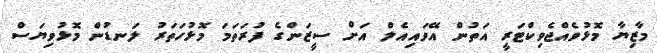
މާޒިޔާ މޮޅުވެއްޖެވިކްޓަރީ އަތުން އޭވައިއެލް އަށް ސީޒަންގެ ފުރަތަމަ މޮޅުހަތަރު ލަނޑުން މޮޅުވިޔަސް